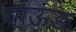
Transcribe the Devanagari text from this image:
चाऊंड